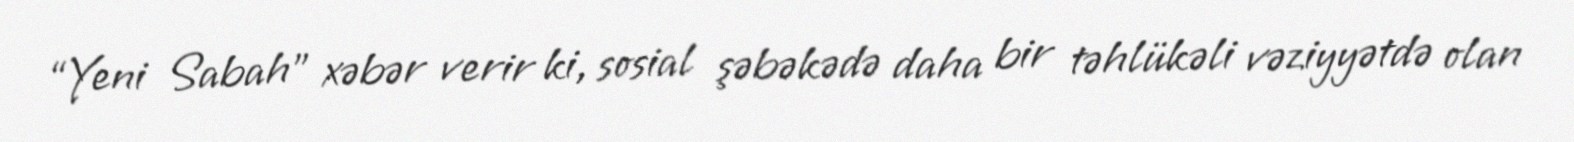
“Yeni Sabah” xəbər verir ki, sosial şəbəkədə daha bir təhlükəli vəziyyətdə olan